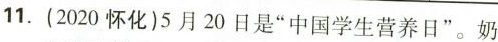
11.(2020怀化)5月20日是”中国学生营养日”。奶